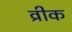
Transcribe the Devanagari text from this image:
व्रीक